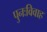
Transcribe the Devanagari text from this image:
पुनःविवाह